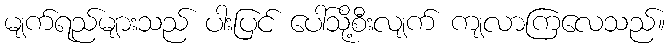
မျက်ရည်များသည် ပါးပြင် ပေါ်သို့စီးလျက် ကျလာကြလေသည်။